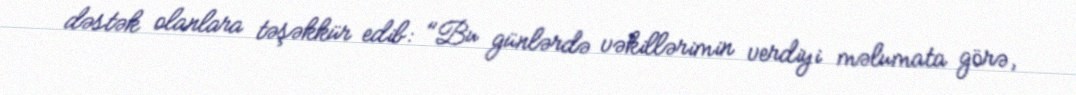
dəstək olanlara təşəkkür edib: "Bu günlərdə vəkillərimin verdiyi məlumata görə,